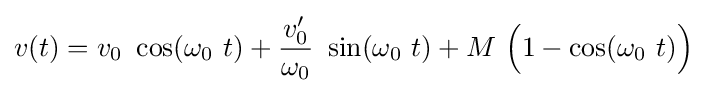
v(t)=v_{0}\ \cos(\omega _{0}\ t)+{\frac {v'_{0}}{\omega _{0}}}\ \sin(\omega _{0}\ t)+M\ {\Bigl (}1-\cos(\omega _{0}\ t){\Bigr )}\;